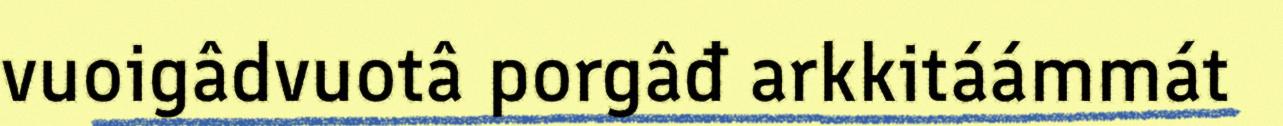
vuoigâdvuotâ porgâđ arkkitáámmát